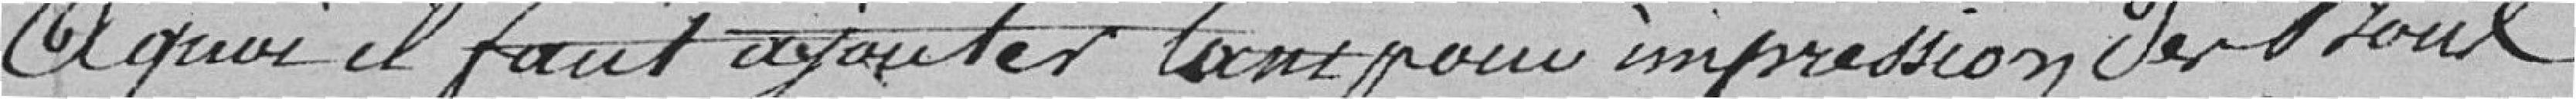
A quoi il faut ajouter tant pour impression de bons